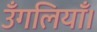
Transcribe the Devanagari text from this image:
उँगलियाँ।